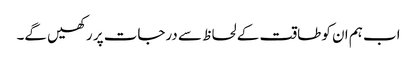
اب ہم ان کو طاقت کے لحاظ سے درجات پر رکھیں گے۔